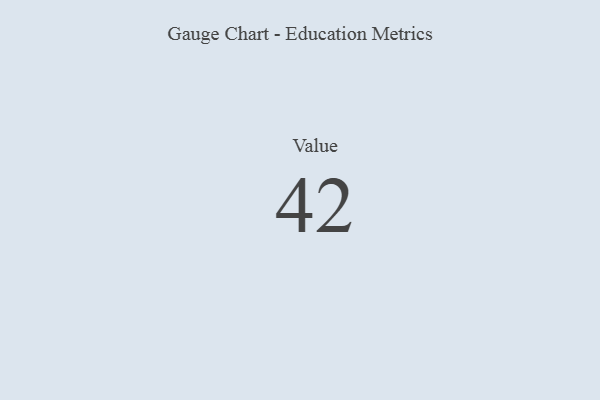
{"axis": {"x": "Metric", "y": "Value"}, "legend": [""], "data": [{"x": "Value", "y": 42, "type": ""}]}